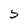
Character: S